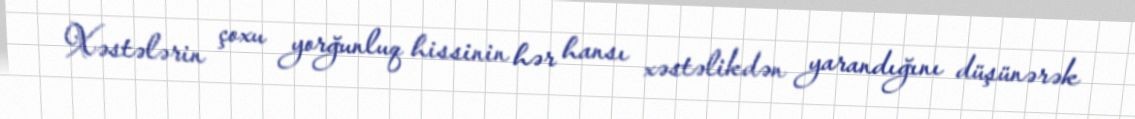
Xəstələrin çoxu yorğunluq hissinin hər hansı xəstəlikdən yarandığını düşünərək